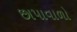
છાપાવાળો